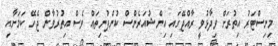
މިނިސްޓަރު އިތުރަށް ވިދާޅުވީ ރާއްޖޭގައި އިންޝުއަރެންސް ކުންފުނިތައް ވެސް އިތުރުވާން ޖެހޭ ކަމަށާއި